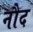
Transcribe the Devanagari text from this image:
नौद